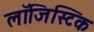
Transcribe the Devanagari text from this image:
लाॅजिस्टिक